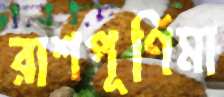
রাশপূর্ণিমা